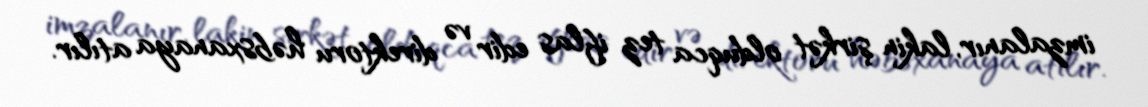
imzalanır, lakin şirkət olduqca tez iflas edir və direktoru həbsxanaya atılır.